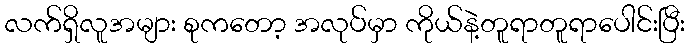
လက်ရှိလူအများ စုကတော့ အလုပ်မှာ ကိုယ်နဲ့တူရာတူရာပေါင်းပြီး